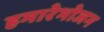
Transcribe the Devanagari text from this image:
हमारेभोजन